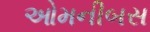
ઓમનીબસ